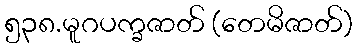
၅၃၈.မူဂပက္ခဇာတ် (တေမိဇာတ်)